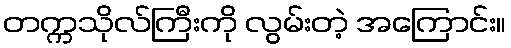
တက္ကသိုလ်ကြီးကို လွမ်းတဲ့ အကြောင်း။